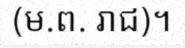
(ម.ព. រាជ)។